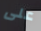
على